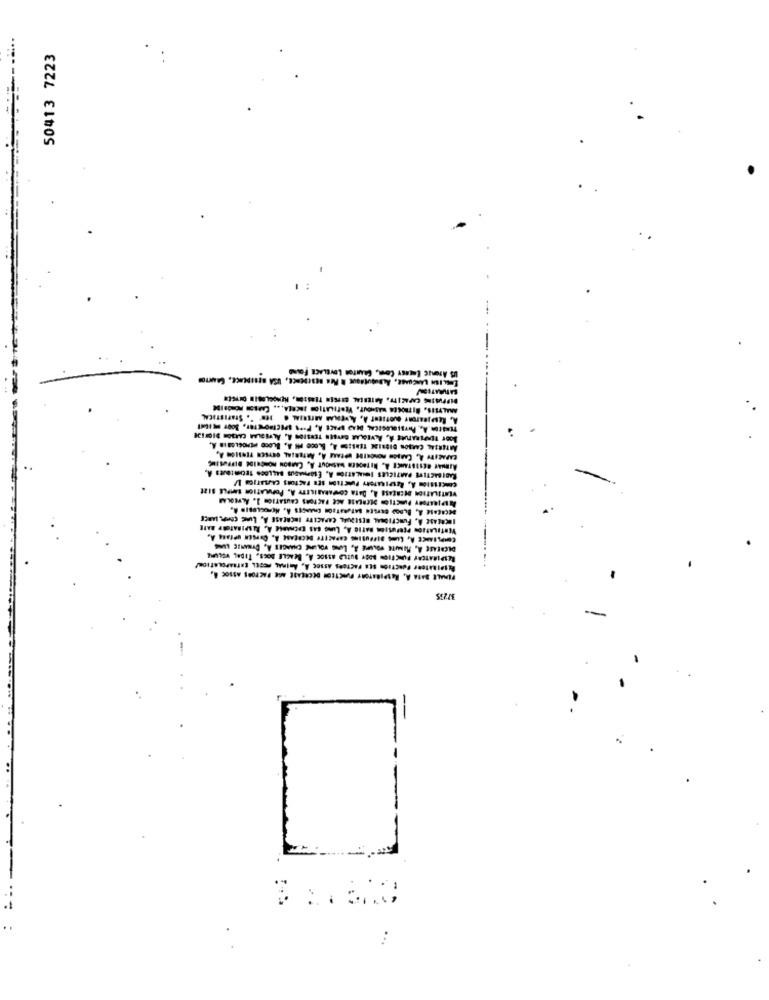
...
50413 7223
US Arenac Lucasy Con, Counton LovBusca Found"
A. Resajearonr detseut A, A,VERLAS ARTERIAL . 169" ". STATISTICAL
ARTERIAL CARSON BISRISK TERSIOD A, BLOCO PH A. BLOCO HEMOGLOBIN A.
VENTILATION DECREASE A, DATA COMPARABILETY A, POPULATION SAMPLE SIZE
INCREASE A, FUNCTIONAL RESEQUAL CAPACITY INCREASE A, LING CONFIANCE
DECREASE A, MINUTE VOLUME A, LING VOLUME CHAGES A. DYNAMIC LING
RESPIRATORY PUNCTTON BOBY BUILS ASSOC A. BEAGLE BOCS, TIDAL VOLUME
RESPIRATeer Fonction SEE FACTORS ASSOC À, AMIRAL MESEL ERTRAPOLATION!
FEMALE DATA A, RESPIRATORY FUNCTION DECREASE AGE FACTORS ASSOC A,
--
...